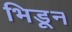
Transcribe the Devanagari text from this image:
भिडून